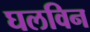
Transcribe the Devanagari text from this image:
घलविन